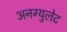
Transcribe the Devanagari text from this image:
अनग्युलेट